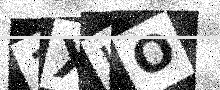
Text: 1XHO